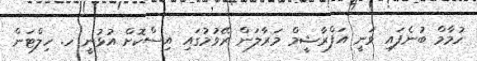
ހުމާމް ބުނެފައި ވަނީ އަފްރާޝީމް މަރާލަން ރޭވުމުގައި އިސްކޮށް އުޅުނީ ހ. ހިލްޓަން